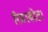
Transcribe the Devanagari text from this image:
रिवरबोट।